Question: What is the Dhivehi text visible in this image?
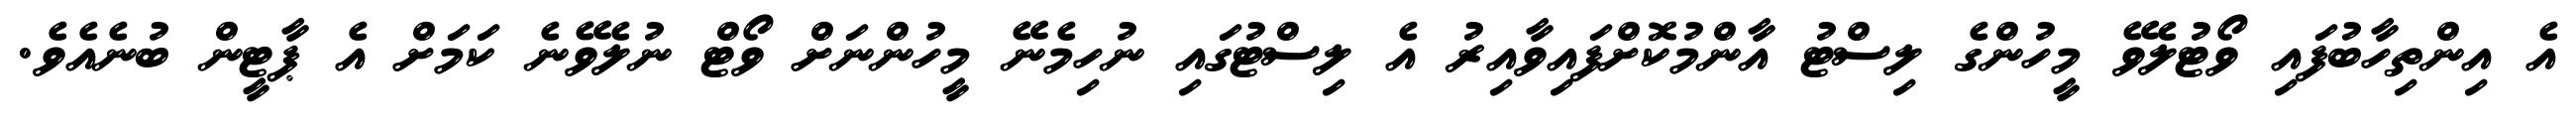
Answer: އެ އިންތިހާބުފައި ވޯޓުލެވޭ މީހުންގެ ލިސްޓު އާންމުކޮށްފައިވާއިރު އެ ލިސްޓުގައި ނުހިމެނޭ މީހުންނަށް ވޯޓް ނުލެވޭނެ ކަމަށް އެ ޕާޓީން ބުނެއެވެ.